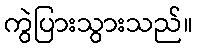
ကွဲပြားသွားသည်။